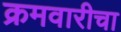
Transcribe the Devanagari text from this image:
क्रमवारीचा